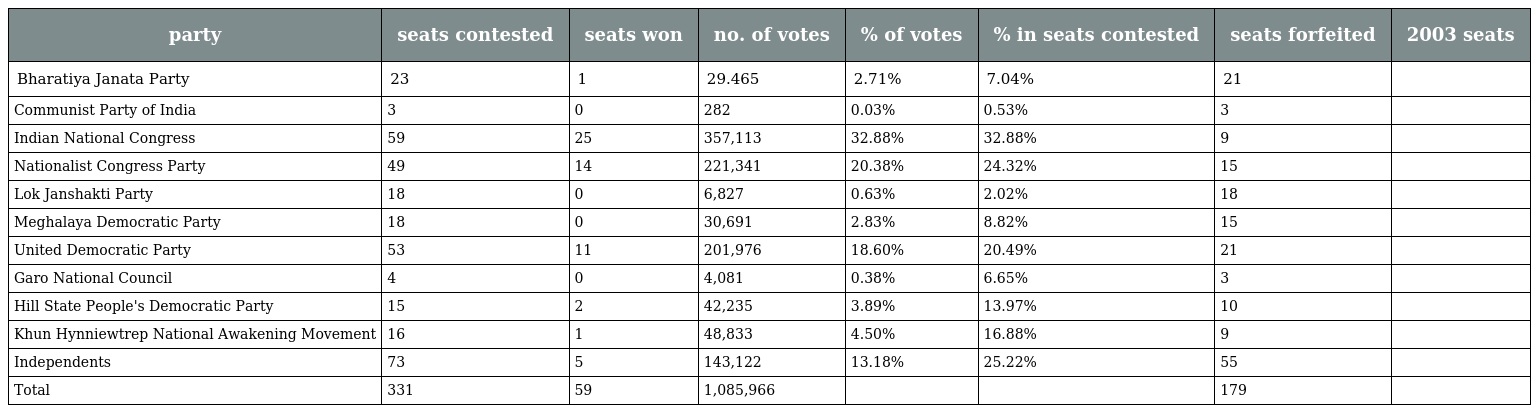
| party | seats contested | seats won | no. of votes | % of votes | % in seats contested | seats forfeited | 2003 seats |
 | --- | --- | --- | --- | --- | --- | --- | --- |
 | Bharatiya Janata Party | 23 | 1 | 29.465 | 2.71% | 7.04% | 21 |  |
 | Communist Party of India | 3 | 0 | 282 | 0.03% | 0.53% | 3 |  |
 | Indian National Congress | 59 | 25 | 357,113 | 32.88% | 32.88% | 9 |  |
 | Nationalist Congress Party | 49 | 14 | 221,341 | 20.38% | 24.32% | 15 |  |
 | Lok Janshakti Party | 18 | 0 | 6,827 | 0.63% | 2.02% | 18 |  |
 | Meghalaya Democratic Party | 18 | 0 | 30,691 | 2.83% | 8.82% | 15 |  |
 | United Democratic Party | 53 | 11 | 201,976 | 18.60% | 20.49% | 21 |  |
 | Garo National Council | 4 | 0 | 4,081 | 0.38% | 6.65% | 3 |  |
 | Hill State People's Democratic Party | 15 | 2 | 42,235 | 3.89% | 13.97% | 10 |  |
 | Khun Hynniewtrep National Awakening Movement | 16 | 1 | 48,833 | 4.50% | 16.88% | 9 |  |
 | Independents | 73 | 5 | 143,122 | 13.18% | 25.22% | 55 |  |
 | Total | 331 | 59 | 1,085,966 |  |  | 179 |  |